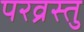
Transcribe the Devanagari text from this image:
परव्रस्तु